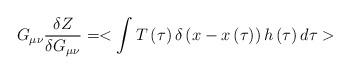
LaTeX: \begin{align*}G_{\mu\nu}{\delta Z \over \delta G_{\mu\nu}}=<\int{T\left( \tau\right)\delta\left( x-x\left( \tau \right) \right)h\left( \tau\right)d\tau}>\end{align*}